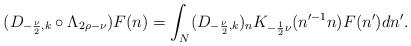
LaTeX: \begin{align*} (D_{-\frac{\nu}{2},k}\circ\Lambda_{2\rho-\nu})F(n) &= \int_N (D_{-\frac{\nu}{2},k})_nK_{-\frac{1}{2}\nu}(n'^{-1}n)F(n') dn'.\end{align*}